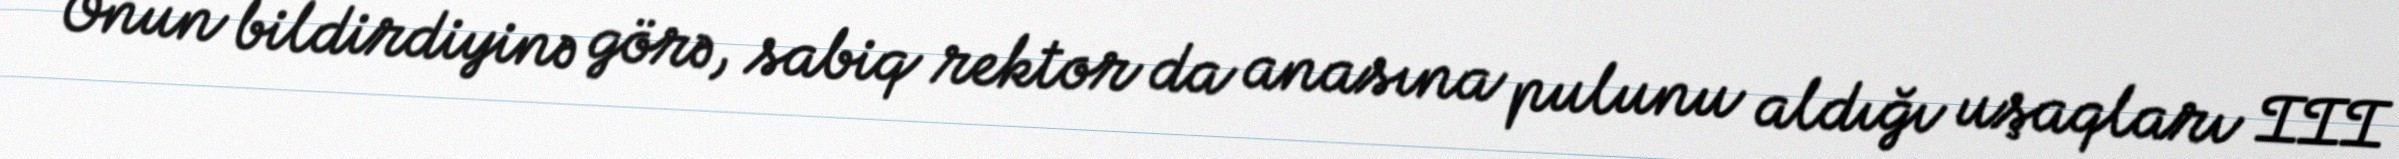
Onun bildirdiyinə görə, sabiq rektor da anasına pulunu aldığı uşaqları III